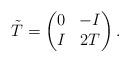
LaTeX: \begin{align*}\tilde{T}=\begin{pmatrix} 0 & -I \\ I & 2T \end{pmatrix}.\end{align*}